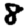
Digit: 8